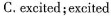
C.excited;excited